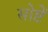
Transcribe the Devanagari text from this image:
सोष्टें